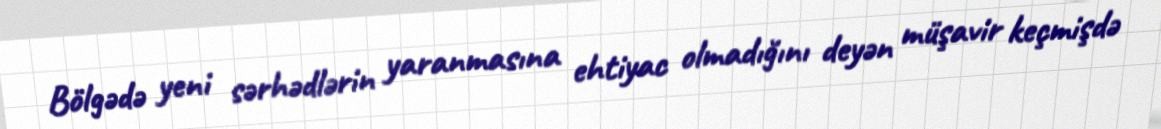
Bölgədə yeni sərhədlərin yaranmasına ehtiyac olmadığını deyən müşavir keçmişdə